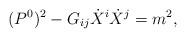
LaTeX: \begin{align*}(P^{0})^{2}-G_{ij}\dot{X}^{i}\dot{X}^{j}= m^{2},\end{align*}